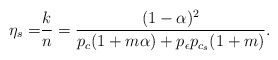
\begin{align*}\eta_s= & \dfrac{k}{n}=\dfrac{(1-\alpha)^{2}}{p_{c}(1+m\alpha)+p_{\epsilon}p_{c_{s}}(1+m)}.\end{align*}